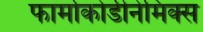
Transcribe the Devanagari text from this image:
फार्माकोडीनेमिक्स